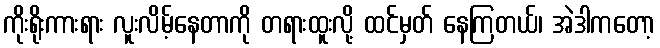
ကိုးရိုးကားရား လူးလိမ့်နေတာကို တရားထူးလို့ ထင်မှတ် နေကြတယ်၊ အဲဒါကတော့